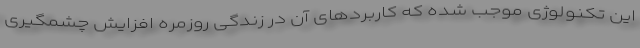
این تکنولوژی موجب شده که کاربردهای آن در زندگی روزمره افزایش چشمگیری